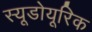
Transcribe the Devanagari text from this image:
स्यूडोयूरिक